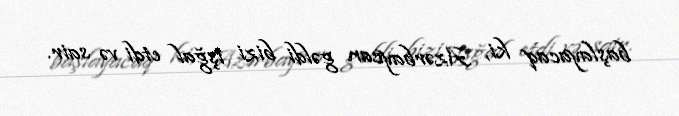
başlayacaq ki, Azərbaycan gəldi bizi işğal etdi və sair.